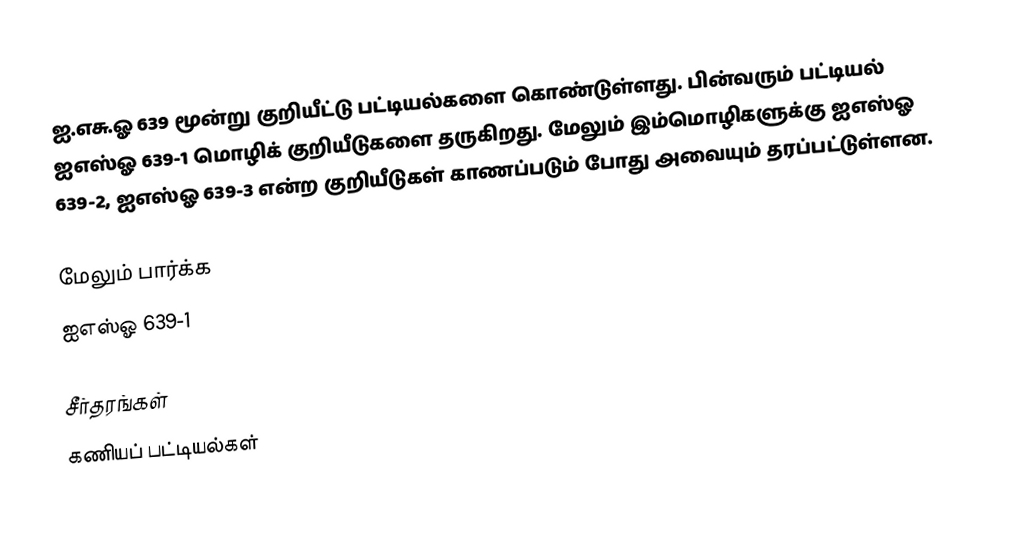
ஐ.எசு.ஓ 639 மூன்று குறியீட்டு பட்டியல்களை கொண்டுள்ளது. பின்வரும் பட்டியல் ஐஎஸ்ஓ 639-1 மொழிக் குறியீடுகளை தருகிறது. மேலும் இம்மொழிகளுக்கு ஐஎஸ்ஓ 639-2, ஐஎஸ்ஓ 639-3 என்ற குறியீடுகள் காணப்படும் போது அவையும் தரப்பட்டுள்ளன.

மேலும் பார்க்க
ஐஎஸ்ஓ 639-1

சீர்தரங்கள்
கணியப் பட்டியல்கள்